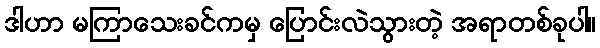
ဒါဟာ မကြာသေးခင်ကမှ ပြောင်းလဲသွားတဲ့ အရာတစ်ခုပါ။